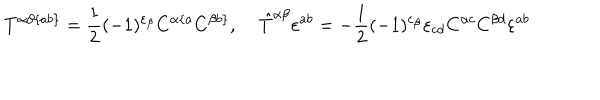
T ^ { \alpha \beta \{ a b \} } = \frac { 1 } { 2 } ( - 1 ) ^ { \varepsilon _ { \beta } } C ^ { \alpha \{ a } C ^ { \beta b \} } , \; \hat { T } ^ { \alpha \beta } \varepsilon ^ { a b } = - \frac { 1 } { 2 } ( - 1 ) ^ { \varepsilon _ { \beta } } \varepsilon _ { c d } C ^ { \alpha c } C ^ { \beta d } \varepsilon ^ { a b }